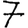
Digit: 7